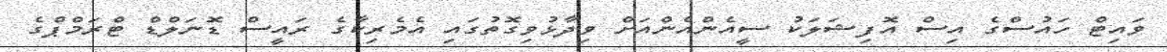
ވައިޓް ހައުސްގެ އިސް އޮފިޝަލަކު ސީއެންއެންއަށް ވިދާޅުވިގޮތުގައި އެމެރިކާގެ ރައީސް ޑޮނަލްޑް ޓްރަމްޕްގެ